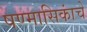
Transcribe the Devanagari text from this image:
षण्मासिकांचे